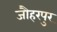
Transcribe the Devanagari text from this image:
जौहरपुर